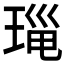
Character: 𤦄